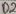
Text: D2